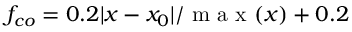
f _ { c o } = 0 . 2 | x - x _ { 0 } | / \mathrm { ~ m ~ a ~ x ~ } ( x ) + 0 . 2